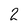
Character: 2